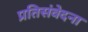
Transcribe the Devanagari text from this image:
प्रतिसंवेदना